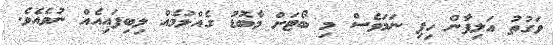
ވަގުތު އަލިފާން ހިފި ނަމަވެސް މި ބޯޓަށް މާބޮޑު ގެއްލުމެއް ލިބިފައިއެއް ނުވެއެވެ.